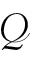
\mathcal { Q }